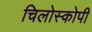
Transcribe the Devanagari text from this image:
चिलोस्कोपी